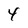
Character: 4